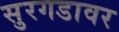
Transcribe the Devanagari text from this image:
सुरगडावर